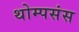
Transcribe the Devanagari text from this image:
थोम्पसंस